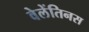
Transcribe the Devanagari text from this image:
वेलेंतिनस